DOW-UAP-D20, Mission Report, Southern United States, 2020
Agency: Department of War
Incident date: 3/31/23
Incident location: Iraq
Page 1
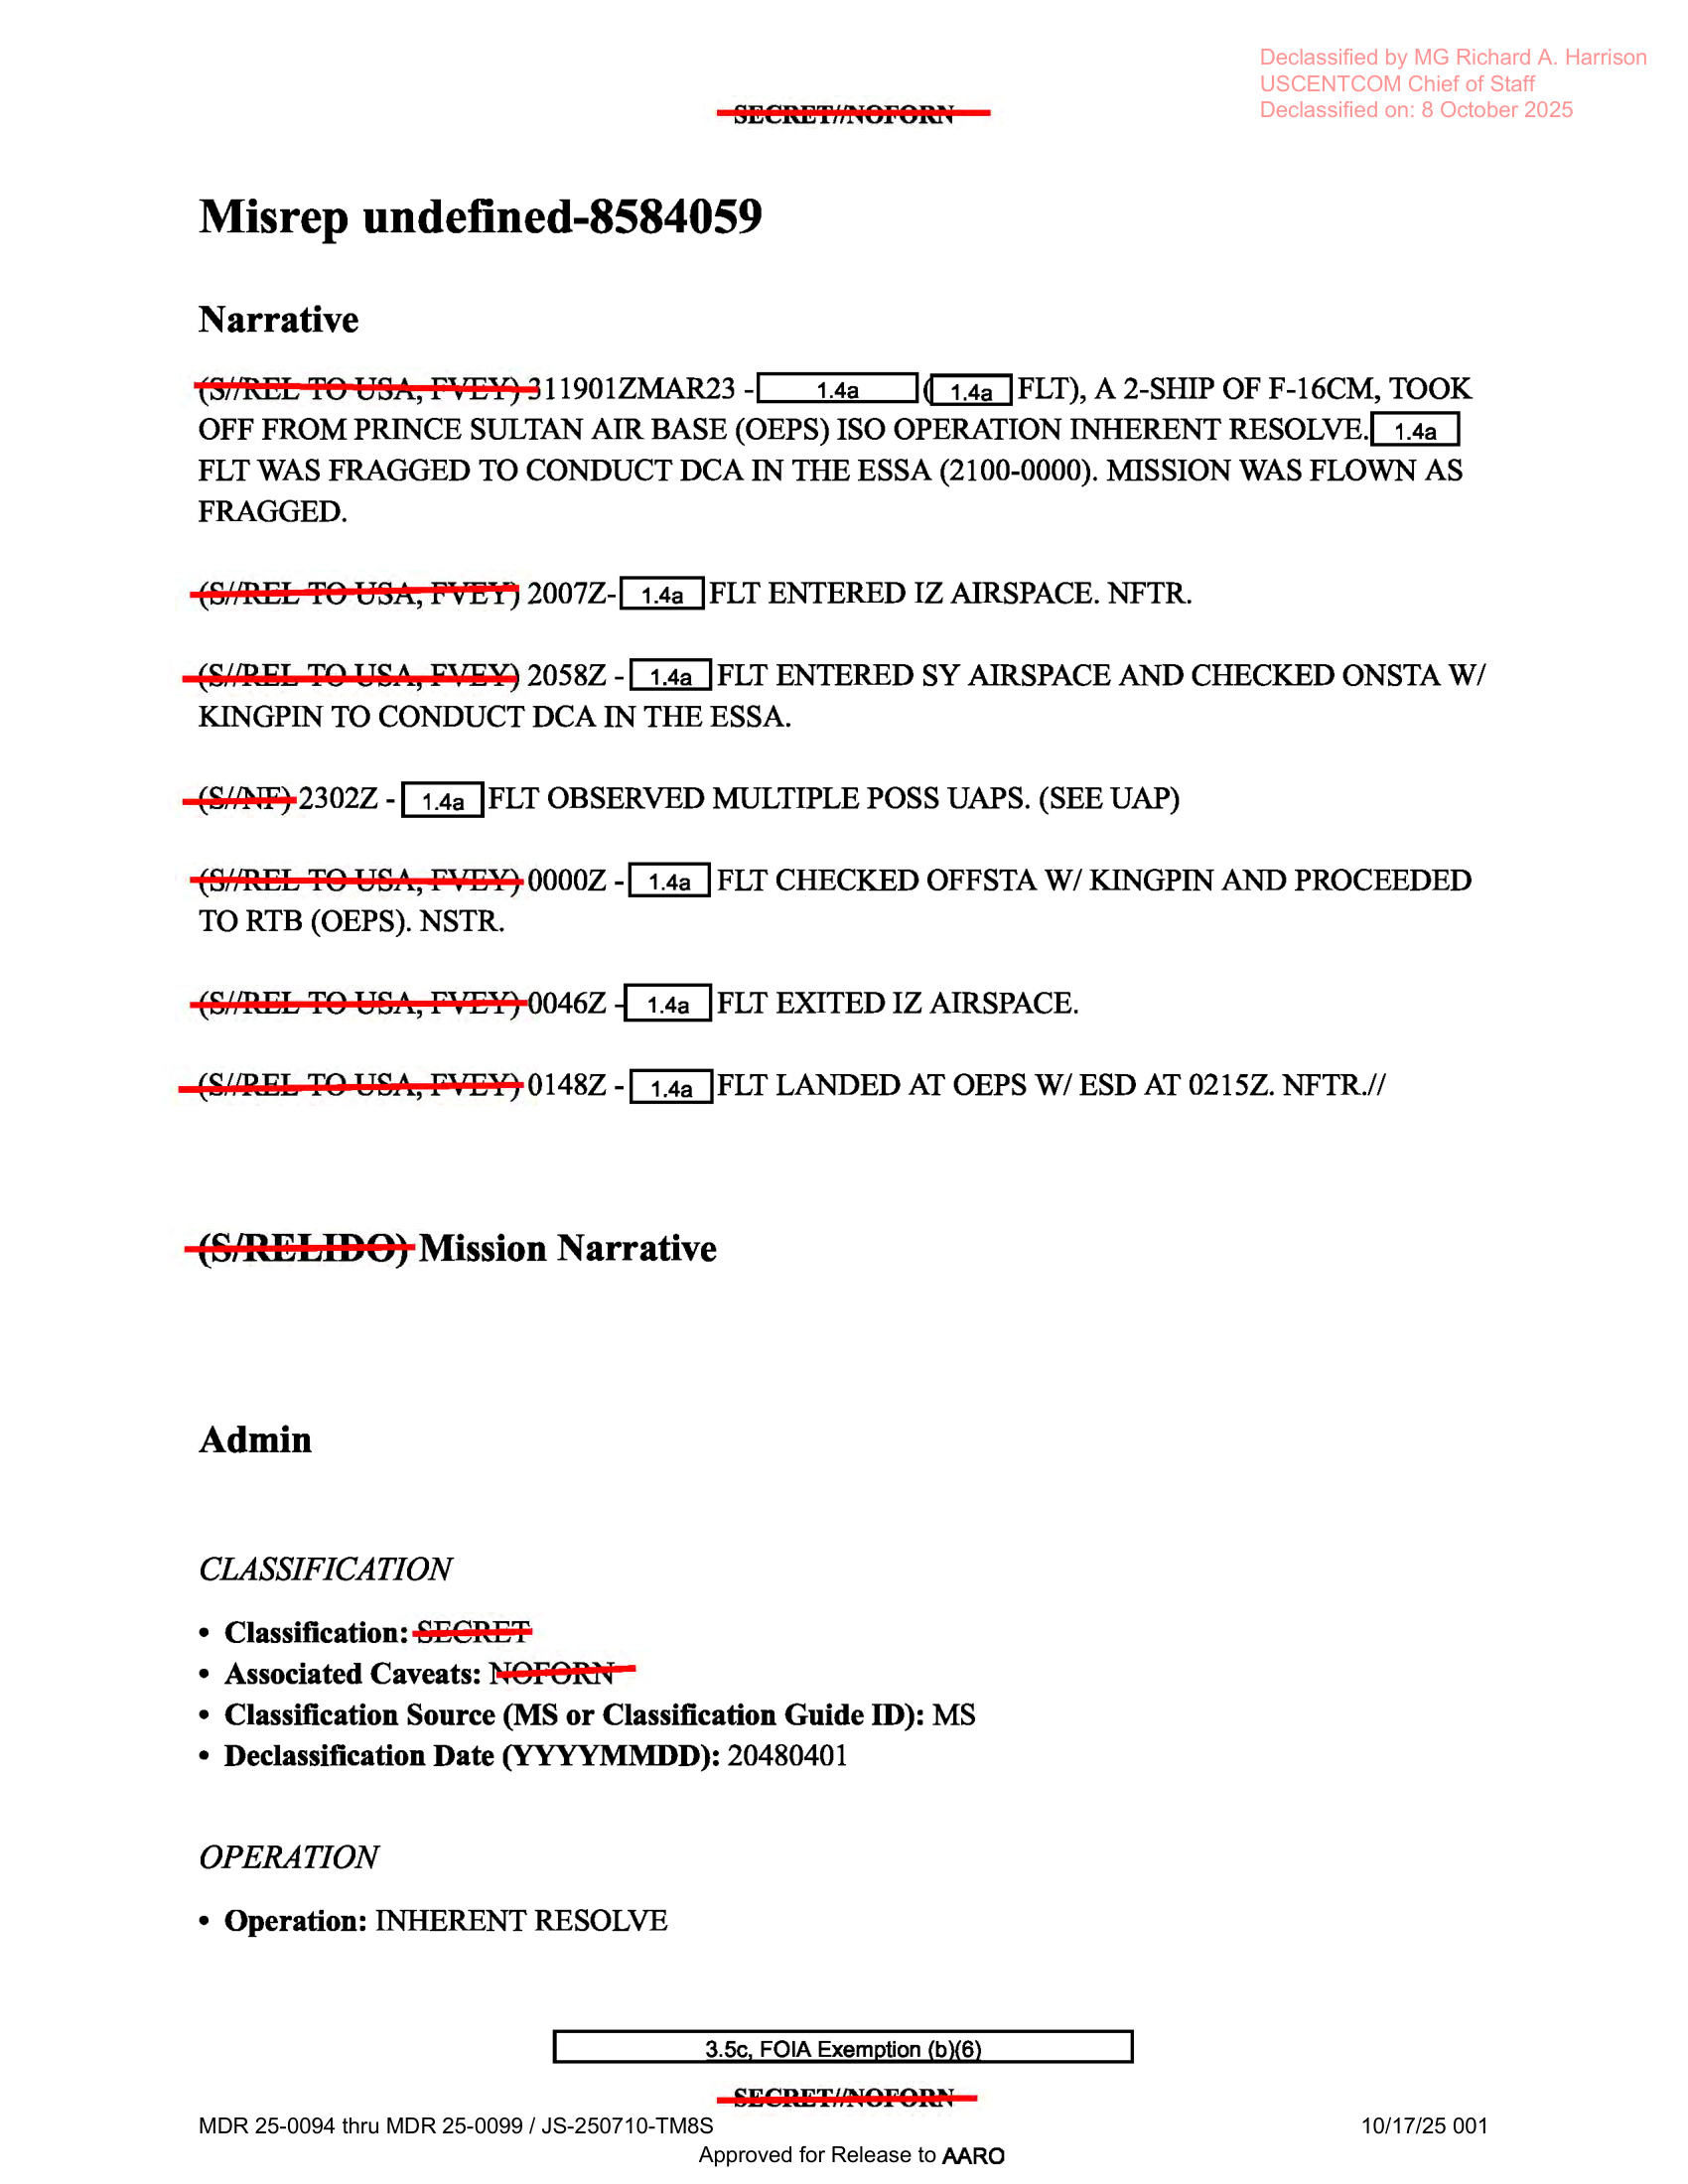